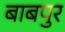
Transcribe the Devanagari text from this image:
बाबपुर